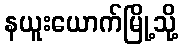
နယူးယောက်မြို့သို့